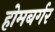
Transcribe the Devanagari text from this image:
होमबर्गर